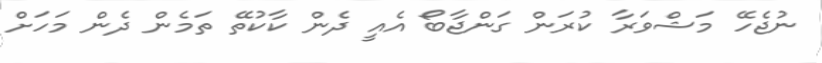
ނުޖެހޭ މަޝްވަރާ ކުރަން ގަންޖާބޯ އެއީ ދެން ކާކުތޭ ތަމެން ދެން މަހަށް